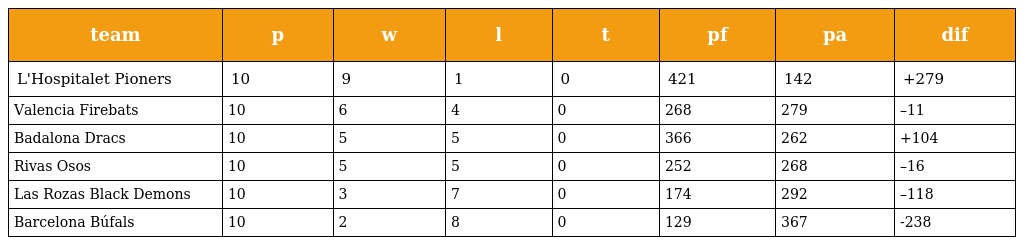
| team | p | w | l | t | pf | pa | dif |
 | --- | --- | --- | --- | --- | --- | --- | --- |
 | L'Hospitalet Pioners | 10 | 9 | 1 | 0 | 421 | 142 | +279 |
 | Valencia Firebats | 10 | 6 | 4 | 0 | 268 | 279 | –11 |
 | Badalona Dracs | 10 | 5 | 5 | 0 | 366 | 262 | +104 |
 | Rivas Osos | 10 | 5 | 5 | 0 | 252 | 268 | –16 |
 | Las Rozas Black Demons | 10 | 3 | 7 | 0 | 174 | 292 | –118 |
 | Barcelona Búfals | 10 | 2 | 8 | 0 | 129 | 367 | -238 |